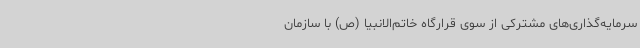
سرمایه‌گذاری‌های مشترکی از سوی قرارگاه خاتم‌الانبیا (ص) با سازمان